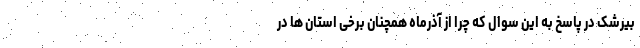
بیرشک در پاسخ به این سوال که چرا از آذرماه همچنان برخی استان ها در